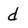
Character: d